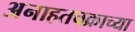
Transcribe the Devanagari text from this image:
अनाहतचक्राच्या